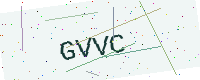
Text: GVVC